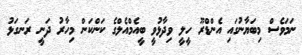
ނަމަވެސް މިބަޔާނުގައި އެންޑްރޫ ހީލީ ވިދާޅުވީ ބީއެމްއެލްގެ ކަންކަން މިހާރު ދަނީ ރަނގަޅު